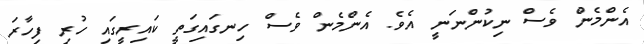
އެންމެން ވެސް ނިކުންނަނީ އެވެ. އެންމެން ވެސް ހިނގައިގަތީ ކައިރީގައި ހުރި ފިހާރަ